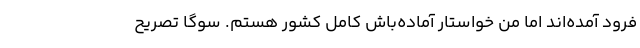
فرود آمده‌اند اما من خواستار آماده‌باش کامل کشور هستم. سوگا تصریح